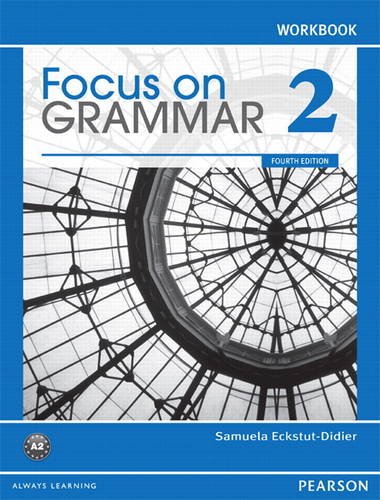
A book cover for Focus on Grammar 2 Workbook, 4th Edition; Samuela Eckstut-Didier; Reference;